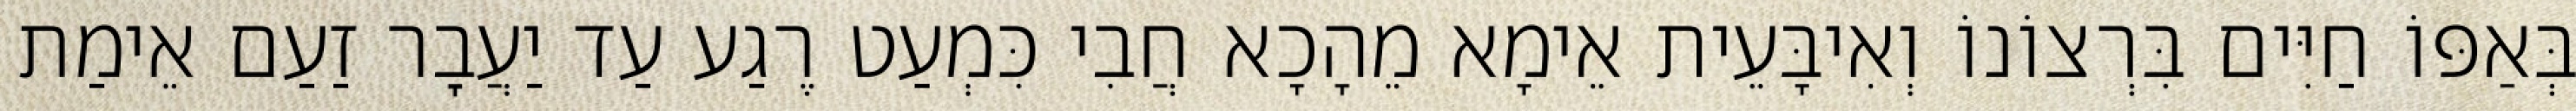
בְּאַפּוֹ חַיִּים בִּרְצוֹנוֹ וְאִיבָּעֵית אֵימָא מֵהָכָא חֲבִי כִּמְעַט רֶגַע עַד יַעֲבׇר זַעַם אֵימַת